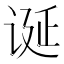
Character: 诞